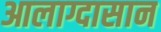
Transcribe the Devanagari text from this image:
आलाग्दासान